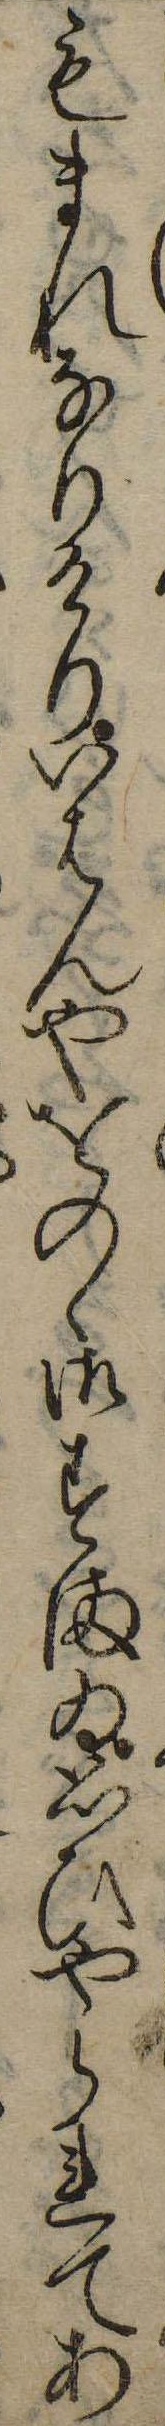
もまれなりけりいはんやをのゝ御すまゐ思ひやられてあ